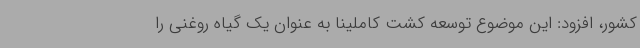
کشور، افزود: این موضوع توسعه کشت کاملینا به عنوان یک گیاه روغنی را